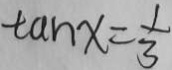
\tan x = \frac { 1 } { 3 }